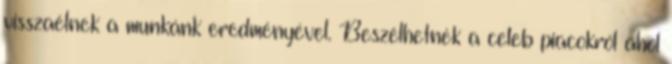
visszaélnek a munkánk eredményével. Beszélhetnék a celeb piacokról ahol